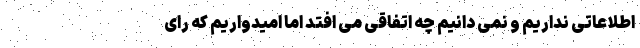
اطلاعاتی نداریم و نمی دانیم چه اتفاقی می افتد اما امیدواریم که رای